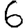
Digit: 6